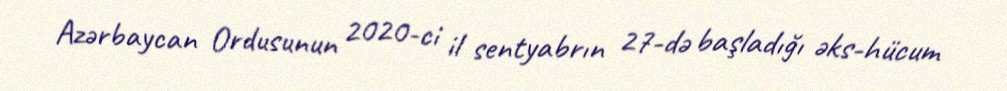
Azərbaycan Ordusunun 2020-ci il sentyabrın 27-də başladığı əks-hücum